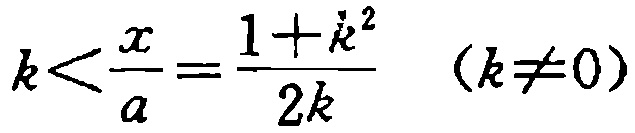
\(k<\frac{x}{a}=\frac{1 + k^{2}}{2k}\ (k\neq0)\)